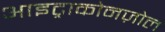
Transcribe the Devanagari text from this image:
आइट्राकोनज़ोल